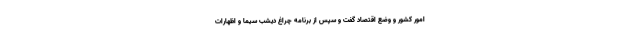
امور كشور و وضع اقتصاد گفت و سپس از برنامه چراغ دیشب سیما و اظهارات